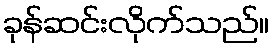
ခုန်ဆင်းလိုက်သည်။